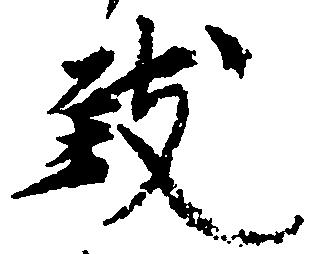
致